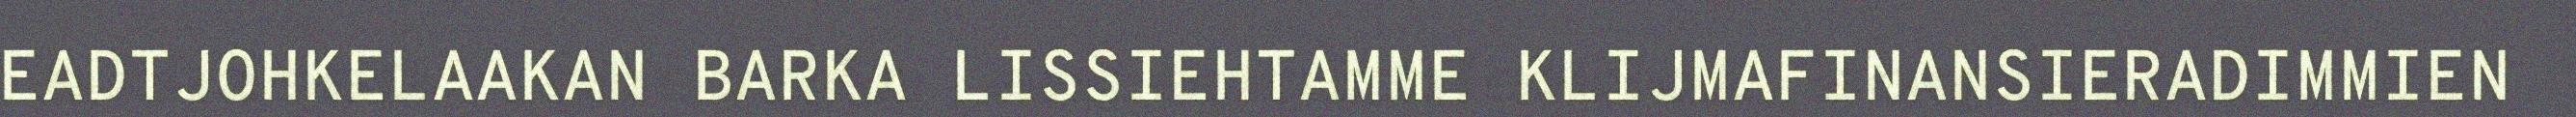
EADTJOHKELAAKAN BARKA LISSIEHTAMME KLIJMAFINANSIERADIMMIEN